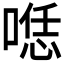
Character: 𱓶